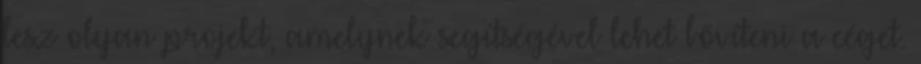
lesz olyan projekt, amelynek segítségével lehet bővíteni a céget.